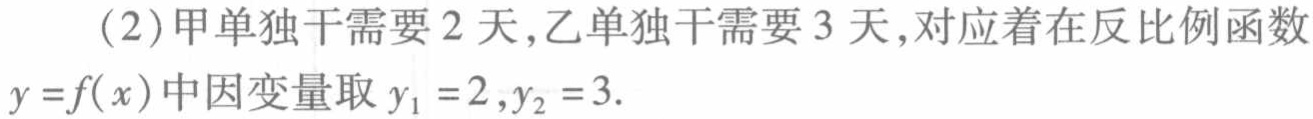
（2）甲单独干需要 2 天，乙单独干需要 3 天，对应着在反比例函数
\(y = f(x)\)中因变量取 \(y_{1}=2,y_{2}=3\).